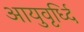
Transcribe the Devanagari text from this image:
आयुवृर्ध्दि